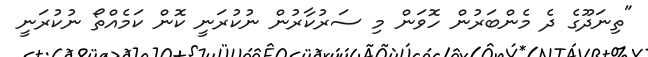
"ތިނަދޫގެ ދެ މެންބަރުން ހޮވަން މި ސަރުކާރުން ނުކުރަނީ ކޮން ކަމެއްތޯ ނުކުރަނީ